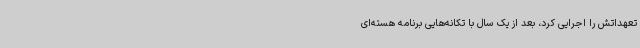
تعهداتش را اجرایی کرد، بعد از یک سال با تکانه‌هایی برنامه هسته‌ای